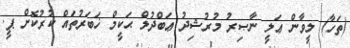
(ތަހާ) ލީވާން ޢަލީ ނާޞިރު މުރުޝިދު ޢަބްދުލް ޙަކީމް ޚަބަރުތައް ކުރުކޮށް ޕީ.